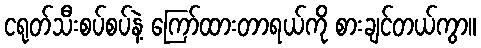
ငရုတ်သီးစပ်စပ်နဲ့ ကြော်ထားတာရယ်ကို စားချင်တယ်ကွာ။